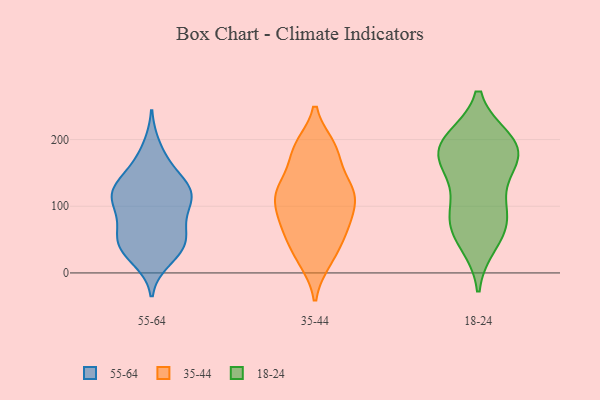
{"axis": {"x": "Net Income (USD K)", "y": "Value"}, "legend": ["18-24", "35-44", "55-64"], "data": [{"x": "", "y": 116, "type": "55-64"}, {"x": "", "y": 120, "type": "55-64"}, {"x": "", "y": 150, "type": "55-64"}, {"x": "", "y": 37, "type": "55-64"}, {"x": "", "y": 123, "type": "55-64"}, {"x": "", "y": 110, "type": "55-64"}, {"x": "", "y": 83, "type": "55-64"}, {"x": "", "y": 78, "type": "55-64"}, {"x": "", "y": 161, "type": "55-64"}, {"x": "", "y": 39, "type": "55-64"}, {"x": "", "y": 116, "type": "55-64"}, {"x": "", "y": 188, "type": "55-64"}, {"x": "", "y": 65, "type": "55-64"}, {"x": "", "y": 40, "type": "55-64"}, {"x": "", "y": 50, "type": "55-64"}, {"x": "", "y": 21, "type": "55-64"}, {"x": "", "y": 42, "type": "55-64"}, {"x": "", "y": 120, "type": "55-64"}, {"x": "", "y": 123, "type": "55-64"}, {"x": "", "y": 132, "type": "35-44"}, {"x": "", "y": 67, "type": "35-44"}, {"x": "", "y": 69, "type": "35-44"}, {"x": "", "y": 60, "type": "35-44"}, {"x": "", "y": 181, "type": "35-44"}, {"x": "", "y": 122, "type": "35-44"}, {"x": "", "y": 128, "type": "35-44"}, {"x": "", "y": 185, "type": "35-44"}, {"x": "", "y": 102, "type": "35-44"}, {"x": "", "y": 27, "type": "35-44"}, {"x": "", "y": 121, "type": "35-44"}, {"x": "", "y": 19, "type": "35-44"}, {"x": "", "y": 96, "type": "35-44"}, {"x": "", "y": 189, "type": "35-44"}, {"x": "", "y": 196, "type": "18-24"}, {"x": "", "y": 76, "type": "18-24"}, {"x": "", "y": 154, "type": "18-24"}, {"x": "", "y": 46, "type": "18-24"}, {"x": "", "y": 95, "type": "18-24"}, {"x": "", "y": 198, "type": "18-24"}, {"x": "", "y": 182, "type": "18-24"}, {"x": "", "y": 189, "type": "18-24"}, {"x": "", "y": 62, "type": "18-24"}, {"x": "", "y": 159, "type": "18-24"}, {"x": "", "y": 93, "type": "18-24"}, {"x": "", "y": 184, "type": "18-24"}]}